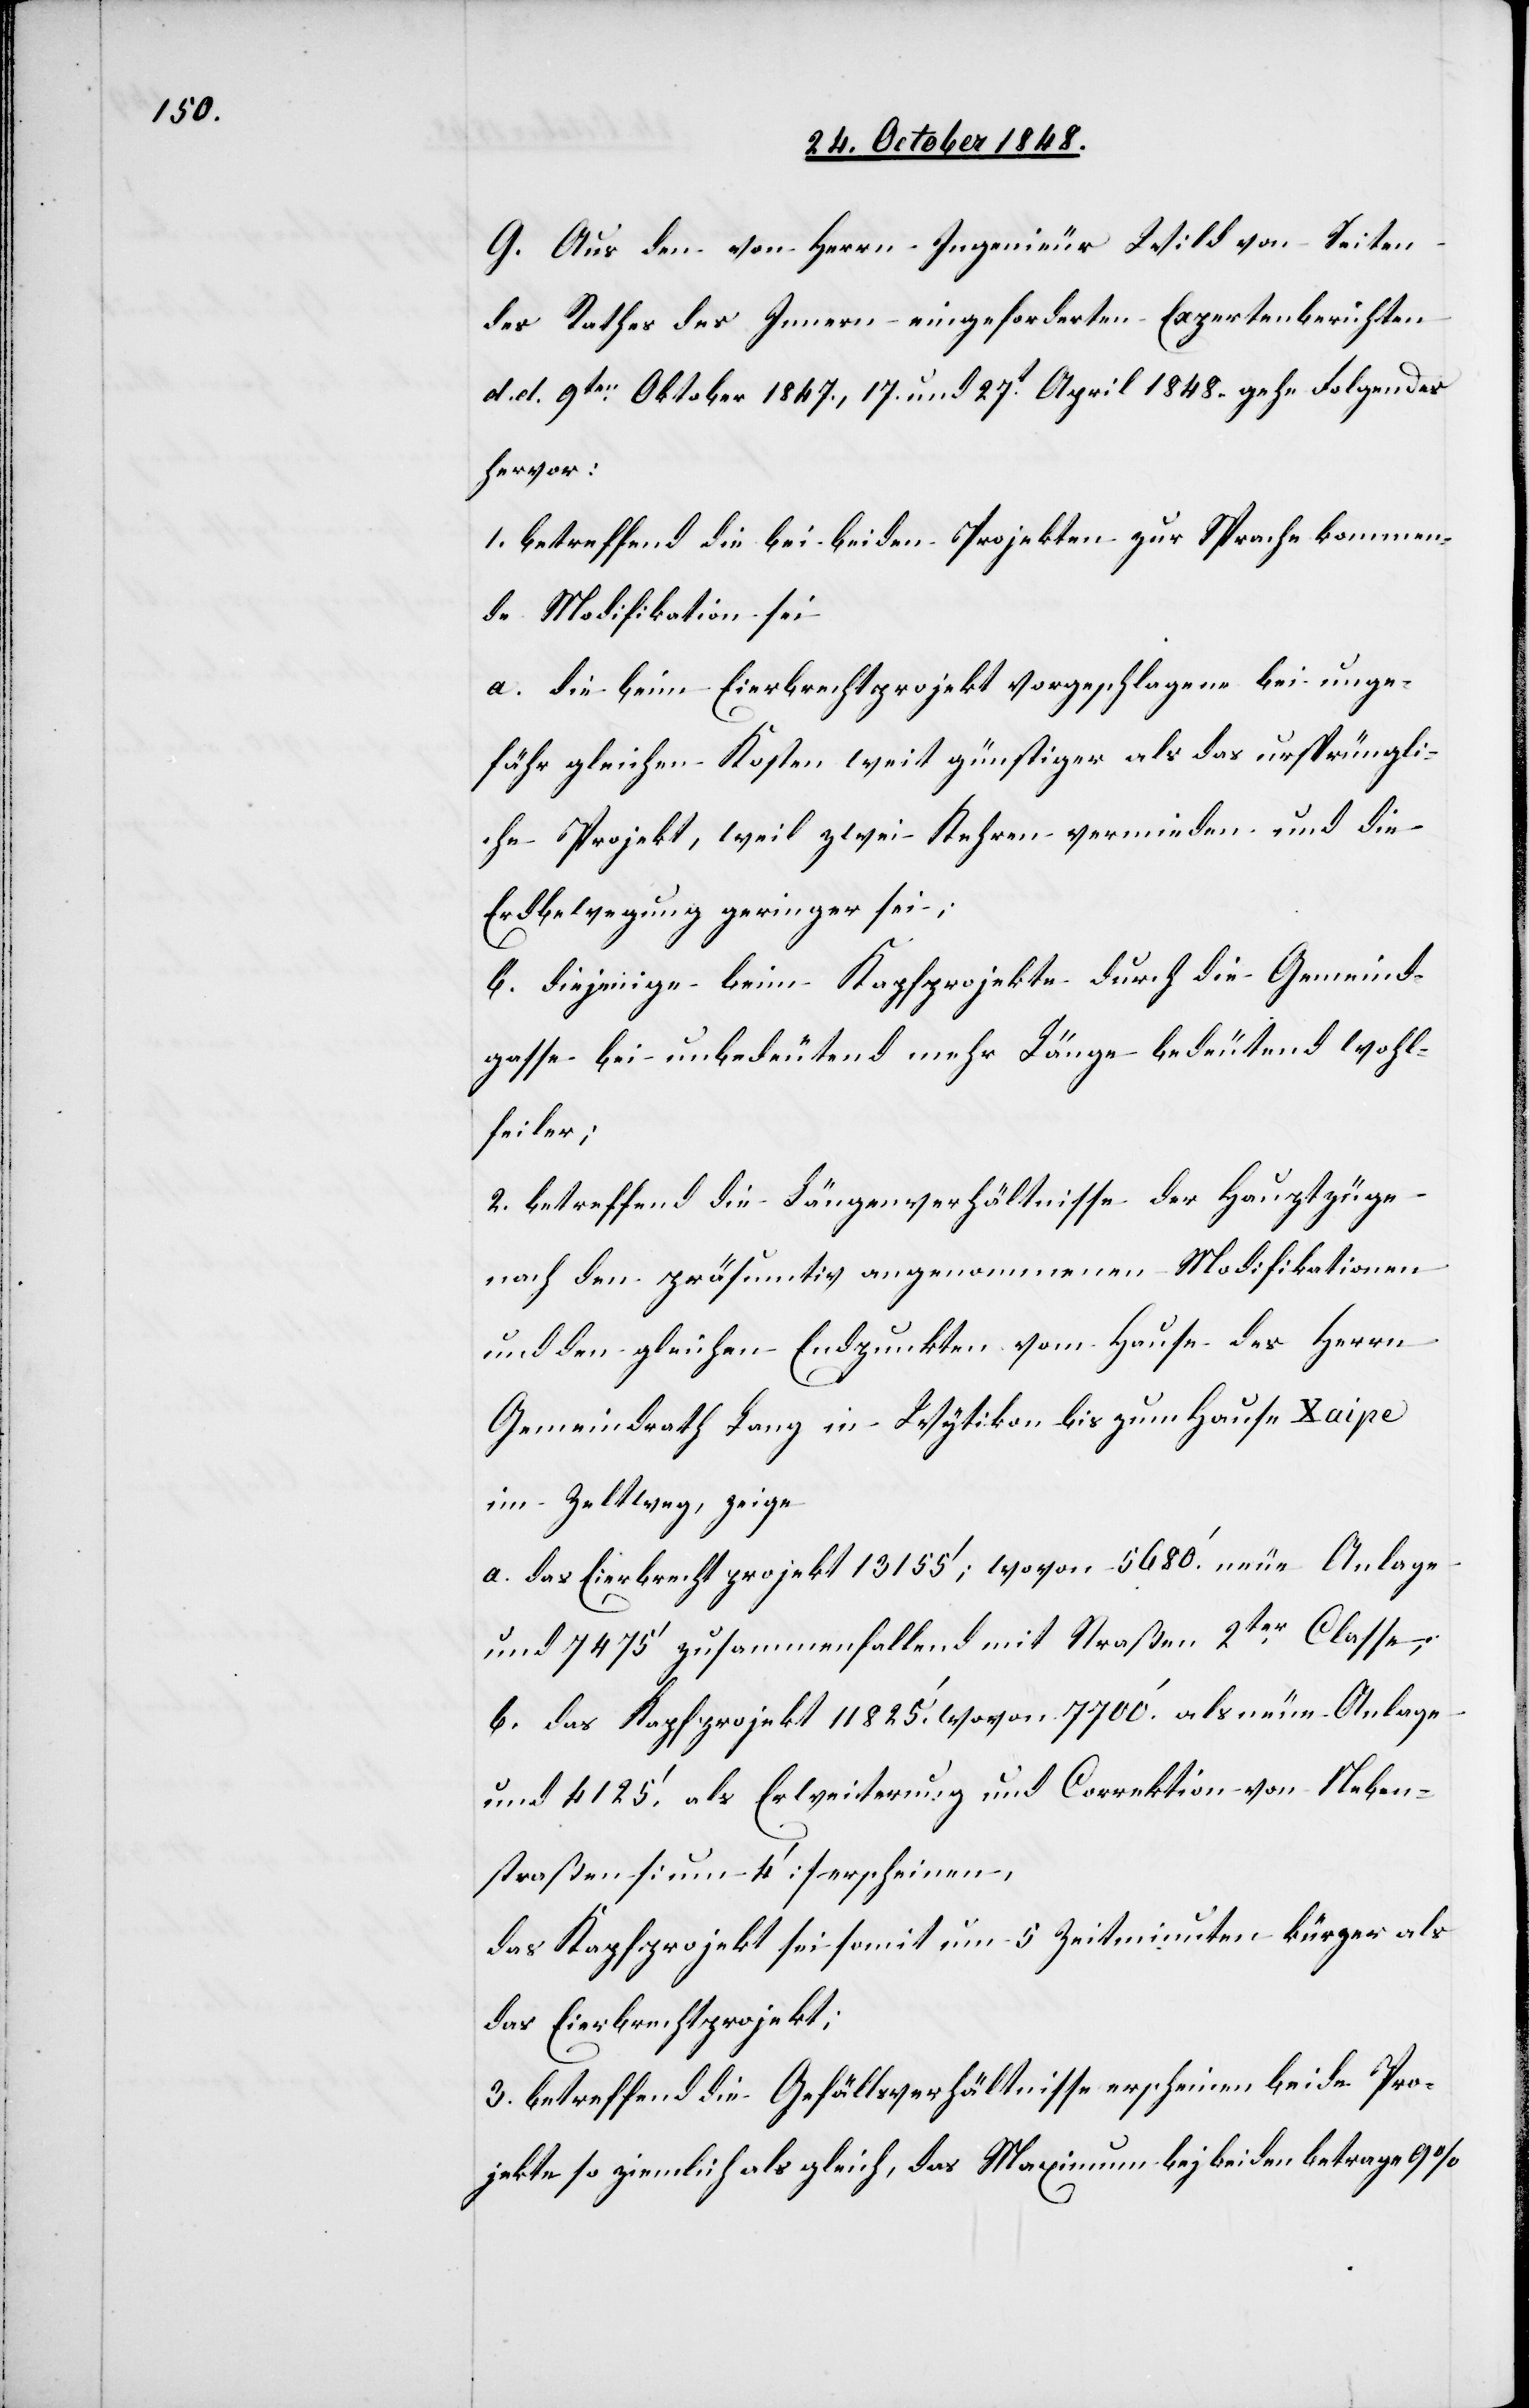
G. aus den von Herrn Ingenieur Wild von Seiten
des Rathes des Innern eingeforderten Expertenberichten
d. d. 9ten Oktober 1847, 17. und 27t April 1848. gehe Folgendes
hervor:
1. betreffend die bei beiden Projekten zur Sprache kommen¬
de Modifikation sei
a. die beim Eierbrechtprojekt vorgeschlagene bei unge¬
fähr gleichen Kosten weit günstigere als das ursprüngli¬
che Projekt, weil zwei Kehren vermieden und die
Erdbewegung geringer sei;
b. diejenige beim Kapfprojekte durch die Gemeind¬
gasse bei unbedeutend mehr Länge bedeutend wohl¬
feiler;
2. betreffend die Längenverhältnisse der Hauptzüge
nach den präsumtiv angenommenen Modifikationen
und den gleichen Endpunkten vom Hause des Herrn
Gemeindrath Lanz in Wytikon bis zum Hause Xaipe
im Zeltweg, zeige
a. das Eierbrechtprojekt 13155’; wovon 5680’ neue Anlage
und 7475’ zusammenfallen mit Straßen 2ter Classe;
b. das Kapfprojekt 11825.’ wovon 7700.’ als neue Anlage
und 4125.’ als Erweiterung und Correktion von Neben¬
straßen [um 4’] erscheinen,
das Kapfprojekt sei somit um 5 Zeitminuten kürzer als
das Eierbrechtprojekt;
3. betreffend die Gefällsverhältnisse erscheinen beide Pro¬
jekte so ziemlich als gleich, das Maximum bej [sic!] beiden betrage 9%